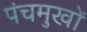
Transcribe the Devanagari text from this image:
पंचमुखों